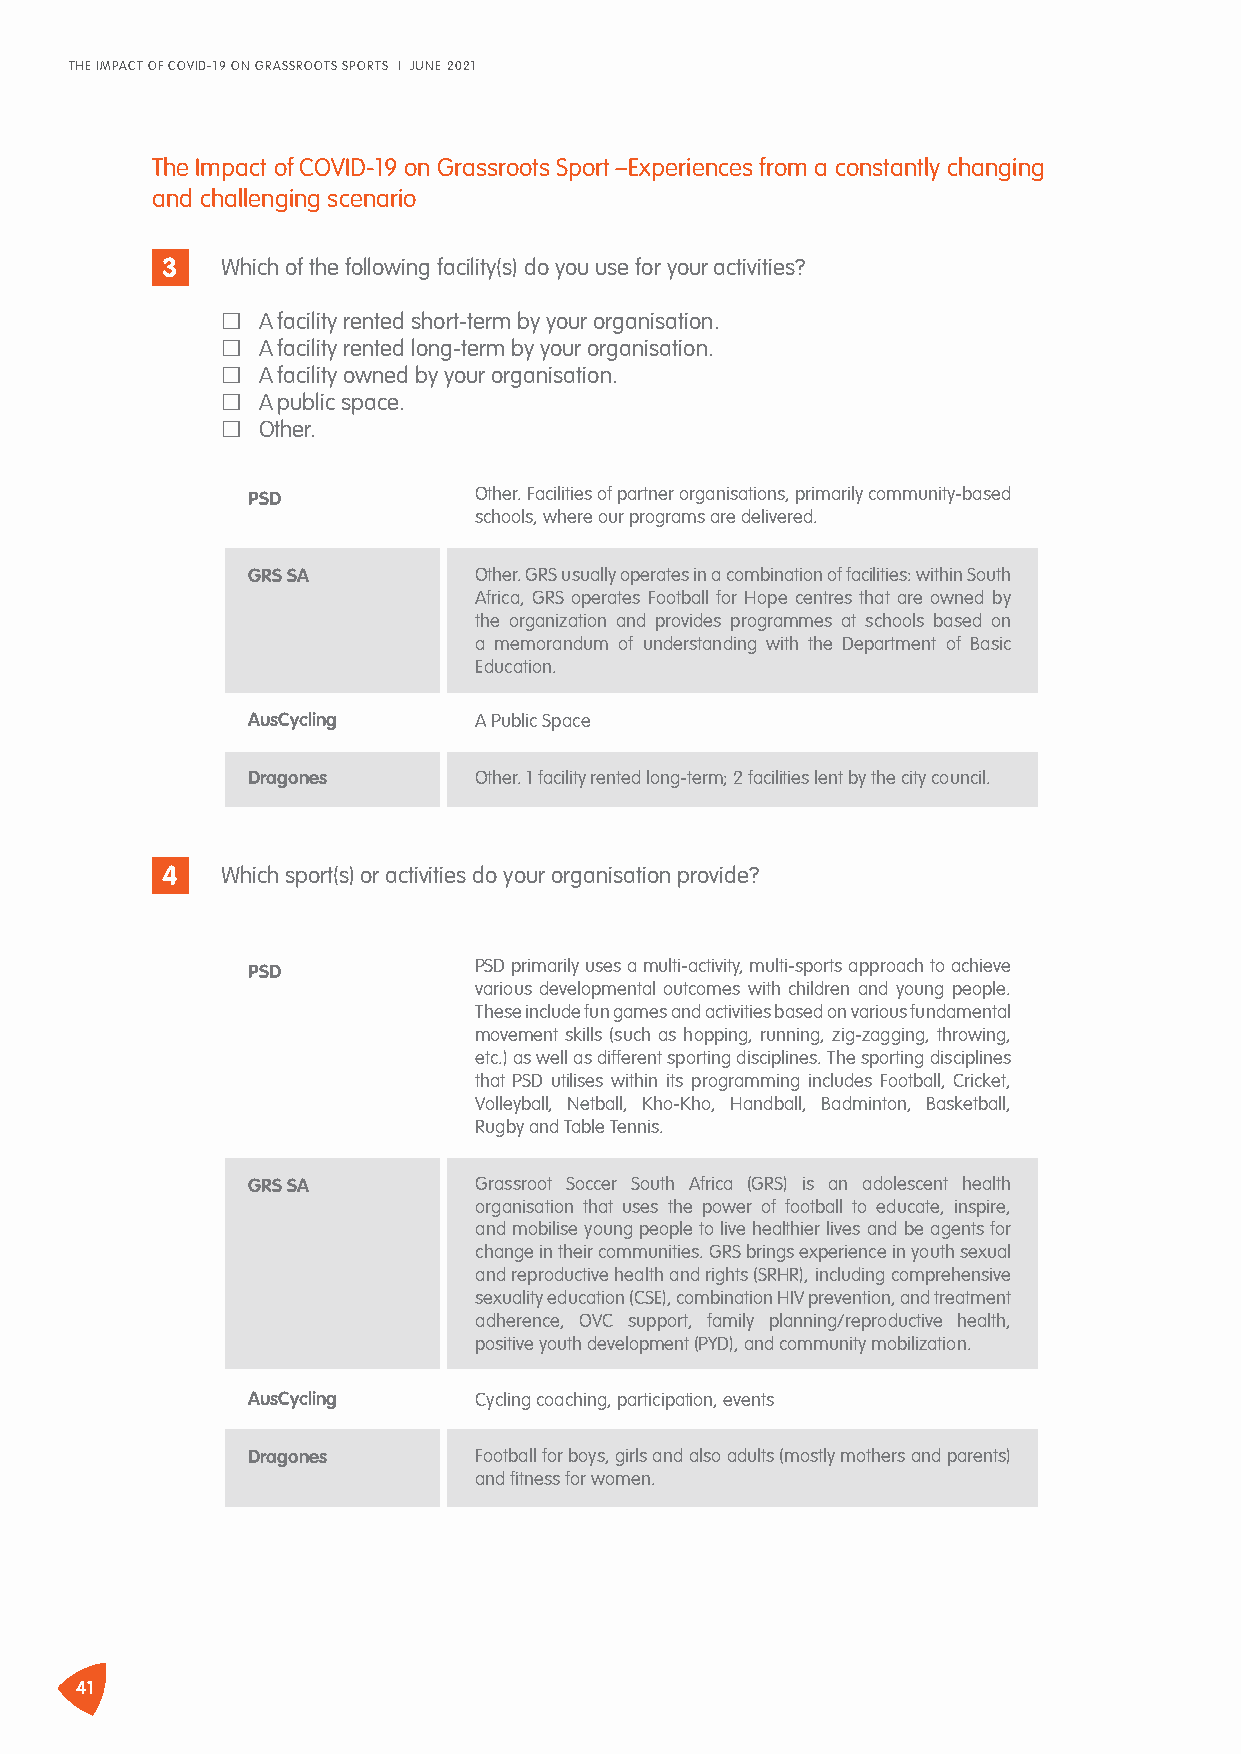
THE IMPACT OF COVID-19 ON GRASSROOTS SPORTS I JUNE 2021
 The Impact of COVID-19 on Grassroots Sport –Experiences from a constantly changing
 and challenging scenario
 3   Which of the following facility(s) do you use for your activities?
 A facility rented short-term by your organisation.
 A facility rented long-term by your organisation.
 A facility owned by your organisation.
 A public space.
 Other.
 PSD            Other. Facilities of partner organisations, primarily community-based
 schools, where our programs are delivered.
 GRS SA         Other. GRS usually operates in a combination of facilities: within South
 Africa, GRS operates Football for Hope centres that are owned by
 the organization and provides programmes at schools based on
 a memorandum of understanding with the Department of Basic
 Education.
 AusCycling     A Public Space
 Dragones       Other. 1 facility rented long-term; 2 facilities lent by the city council.
 4   Which sport(s) or activities do your organisation provide?
 PSD            PSD primarily uses a multi-activity, multi-sports approach to achieve
 various developmental outcomes with children and young people.
 These include fun games and activities based on various fundamental
 movement skills (such as hopping, running, zig-zagging, throwing,
 etc.) as well as different sporting disciplines. The sporting disciplines
 that PSD utilises within its programming includes Football, Cricket,
 Volleyball, Netball, Kho-Kho, Handball, Badminton, Basketball,
 Rugby and Table Tennis.
 GRS SA         Grassroot Soccer South Africa (GRS) is an adolescent health
 organisation that uses the power of football to educate, inspire,
 and mobilise young people to live healthier lives and be agents for
 change in their communities. GRS brings experience in youth sexual
 and reproductive health and rights (SRHR), including comprehensive
 sexuality education (CSE), combination HIV prevention, and treatment
 adherence, OVC support, family planning/reproductive health,
 positive youth development (PYD), and community mobilization.
 AusCycling     Cycling coaching, participation, events
 Dragones       Football for boys, girls and also adults (mostly mothers and parents)
 and fitness for women.
 41